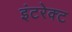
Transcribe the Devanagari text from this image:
इंटरेक्ट